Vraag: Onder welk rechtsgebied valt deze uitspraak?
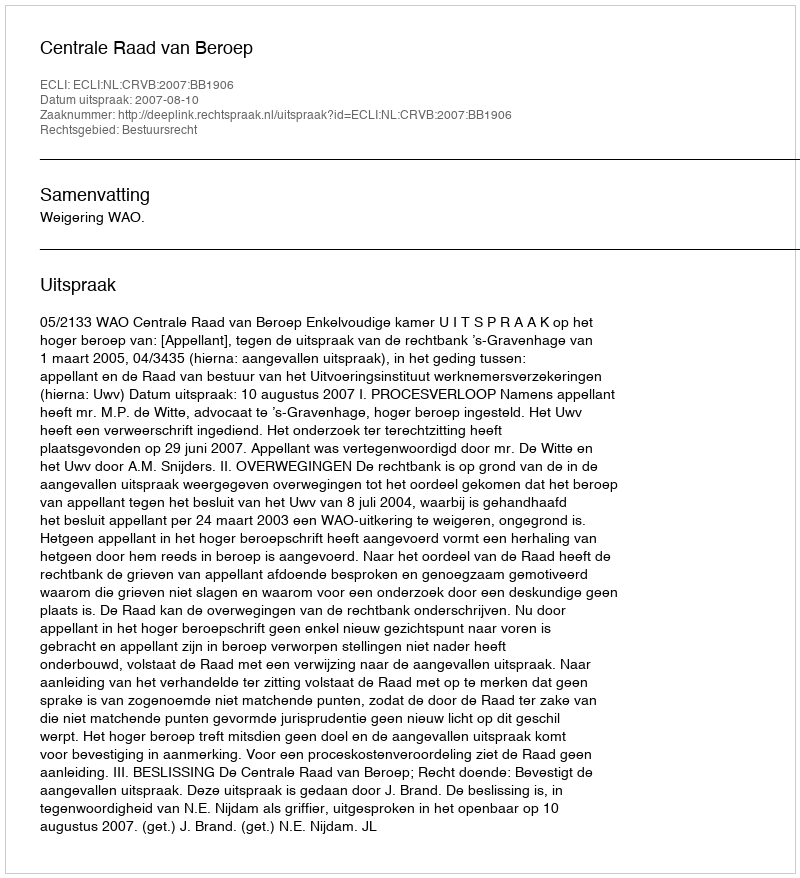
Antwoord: Bestuursrecht